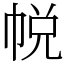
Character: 帨